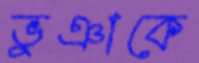
ভুঞাকে